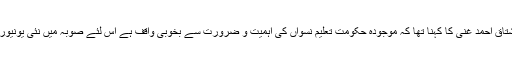
اجلاس سے خطاب کرتے ہوئے معاون خصوصی اعلیٰ تعلیم مشتاق احمد غنی کا کہنا تھا کہ موجودہ حکومت تعلیم نسواں کی اہمیت و ضرورت سے بخوبی واقف ہے اس لئے صوبہ میں نئی یونیورسٹیوں کے قیام میں خواتین کیلئے بھی اعلیٰ جامعات شامل ہیں۔